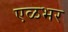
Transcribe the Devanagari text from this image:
एळभर